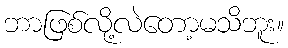
ဘာဖြစ်လို့လဲတော့မသိဘူး။